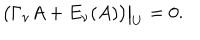
LaTeX: \bigl ( \Gamma _ { \nu } A + E _ { \nu } ( A ) \bigr ) \big | _ { U } = 0 .